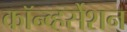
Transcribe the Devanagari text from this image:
कॉन्व्हर्सेशन